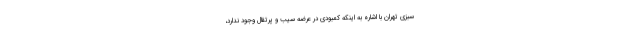
سبزی تهران با اشاره به اینکه کمبودی در عرضه سیب و پرتقال وجود ندارد،